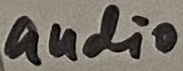
Text: audio